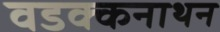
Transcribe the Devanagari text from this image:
वडक्कनाथन